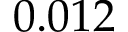
0 . 0 1 2